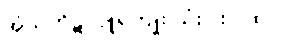
အံသကိုဋ်လှူရကျိုး သုံးပါးဂါထာ။